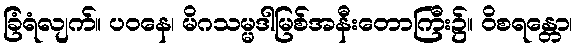
ခြံရံလျက်။ ပဝနေ၊ မိဂသမ္မဒါမြစ်အနီးတောကြီး၌။ ဝိစရန္တော၊